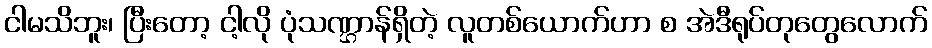
ငါမသိဘူး၊ ပြီးတော့ ငါ့လို ပုံသဏ္ဌာန်ရှိတဲ့ လူတစ်ယောက်ဟာ စ အဲဒီရုပ်တုတွေလောက်